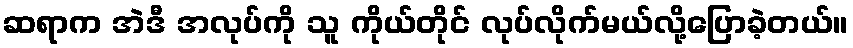
ဆရာက အဲဒီ အလုပ်ကို သူ ကိုယ်တိုင် လုပ်လိုက်မယ်လို့ပြောခဲ့တယ်။